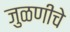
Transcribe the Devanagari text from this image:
जुळणीचे